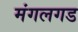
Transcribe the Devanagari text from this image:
मंगलगड